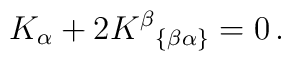
\;\;K_{\alpha }+2K^{\beta }{}_{\left\{ \beta \alpha \right\}}=0\,.